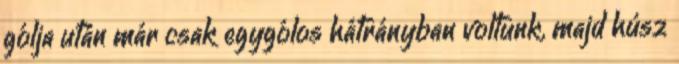
gólja után már csak egygólos hátrányban voltunk, majd húsz